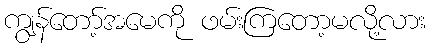
ကျွန်တော့်အမေကို ဖမ်းကြတော့မလို့လား